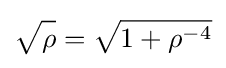
{\sqrt {\rho {\vphantom {/}}}}={\sqrt {1+\rho ^{-4}}}